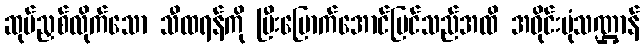
ဆုပ်ညှစ်လိုက်သော သီထရန်ကို ပြီးမြောက်အောင်မြင်သည်အထိ အဝိုင်းပုံသဏ္ဌာန်